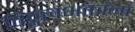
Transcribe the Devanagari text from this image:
विठ्ठलभक्तांना